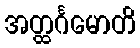
အတ္ထင်္ဂမောတိ